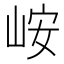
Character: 峖